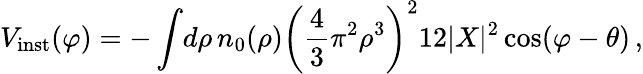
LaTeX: V_{\mathrm{inst}}(\varphi)=-\int\! d\rho\, n_{0}(\rho)\biggl({\frac{4}{3}}\pi^{2}\rho^{3}\biggr)^{2}12|X|^{2}\cos(\varphi-\theta)\, ,